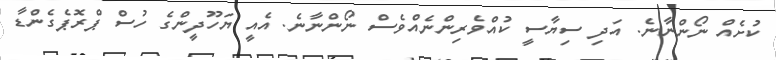
ކުށެއް ނޯންނާނެ. އަދި ސިޔާސީ ކުއްވެރިންނެއްވެސް ނޯންނާނެ. އެއީ ޔަހޫދީންގެ ހުސް ޕްރޮޕެގެންޑާ